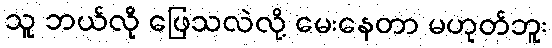
သူ ဘယ်လို ဖြေသလဲလို့ မေးနေတာ မဟုတ်ဘူး